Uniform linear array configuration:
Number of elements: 48
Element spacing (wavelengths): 0.25
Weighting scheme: binomial
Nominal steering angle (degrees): -30
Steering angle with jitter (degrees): -31.445
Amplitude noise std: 0.05
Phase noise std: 0.05

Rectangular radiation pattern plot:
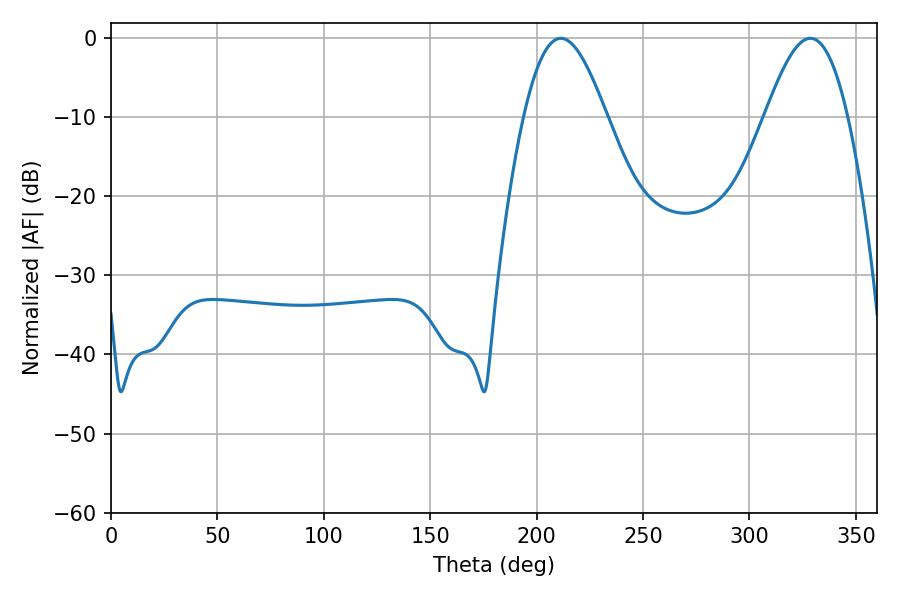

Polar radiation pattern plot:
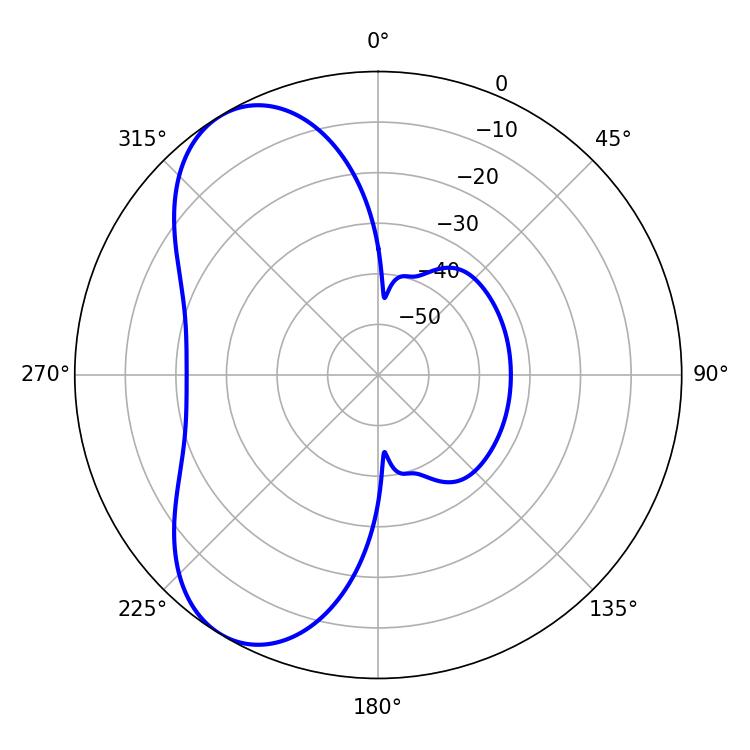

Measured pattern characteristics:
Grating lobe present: FALSE
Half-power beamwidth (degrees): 20.88
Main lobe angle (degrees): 211.32